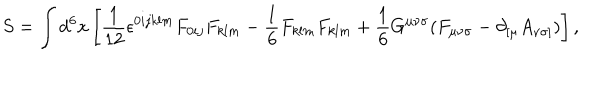
S = \int d ^ { 6 } x \left[ { \frac { 1 } { 1 2 } } { \epsilon } ^ { 0 i j k l m } F _ { 0 i j } F _ { k l m } - { \frac 1 6 } F _ { k l m } F _ { k l m } + { \frac 1 6 } G ^ { { \mu } { \nu } { \sigma } } ( F _ { { \mu } { \nu } { \sigma } } - { \partial } _ { [ { \mu } } A _ { { \nu } { \sigma } ] } ) \right] ,